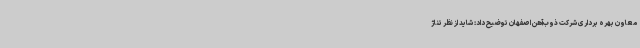
معاون بهره برداری شرکت ذوب‌آهن اصفهان توضیح داد: شاید از نظر تناژ